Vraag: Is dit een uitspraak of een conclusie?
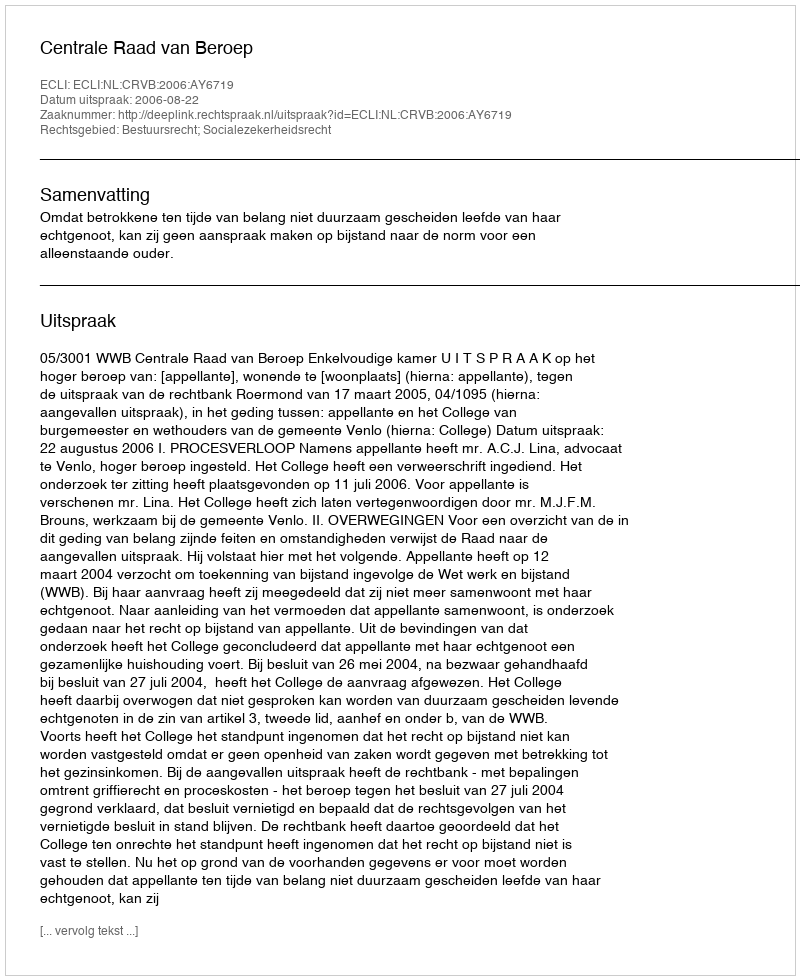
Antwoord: Uitspraak